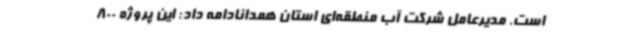
است. مدیرعامل شرکت آب منطقه‌ای استان همدانادامه داد: این پروژه 800